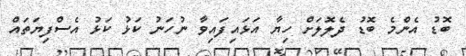
ބޮޑު އެންމެ ބޮޑު ދެލޮލަށް ހިޔާ އަޅައިފައިވާ ނުހަނު ކަޅު ކަޅު އެސްފިޔަތައް